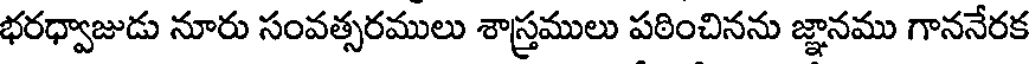
భరధ్వాజుడు నూరు సంవత్సరములు శాస్త్రములు పఠించినను జ్ఞానము గాననేరక